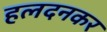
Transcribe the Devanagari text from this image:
हलदनकर